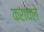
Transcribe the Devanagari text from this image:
करायले